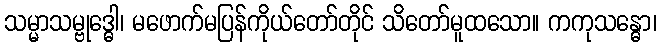
သမ္မာသမ္ဗုဒ္ဓေါ၊ မဖောက်မပြန်ကိုယ်တော်တိုင် သိတော်မူထသော။ ကကုသန္ဓော၊